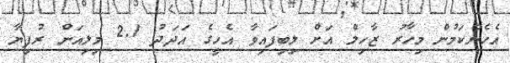
އެހެންކަމުން މިހާރު ޒާހިލް އަށް ލިބިފައިވާ އެހީގެ އަދަދު 2.1 މިލިއަން ރުފިޔާ